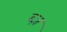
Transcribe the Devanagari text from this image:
ब्ज़